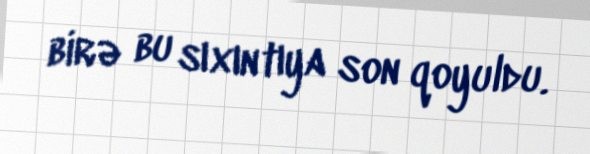
birə bu sıxıntıya son qoyuldu.